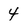
Character: 4